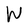
Character: W